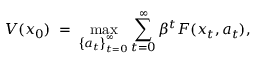
V ( x _ { 0 } ) \; = \; \operatorname* { m a x } _ { \left\{ a _ { t } \right\} _ { t = 0 } ^ { \infty } } \sum _ { t = 0 } ^ { \infty } \beta ^ { t } F ( x _ { t } , a _ { t } ) ,